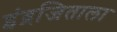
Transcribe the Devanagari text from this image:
इंद्रजिताला